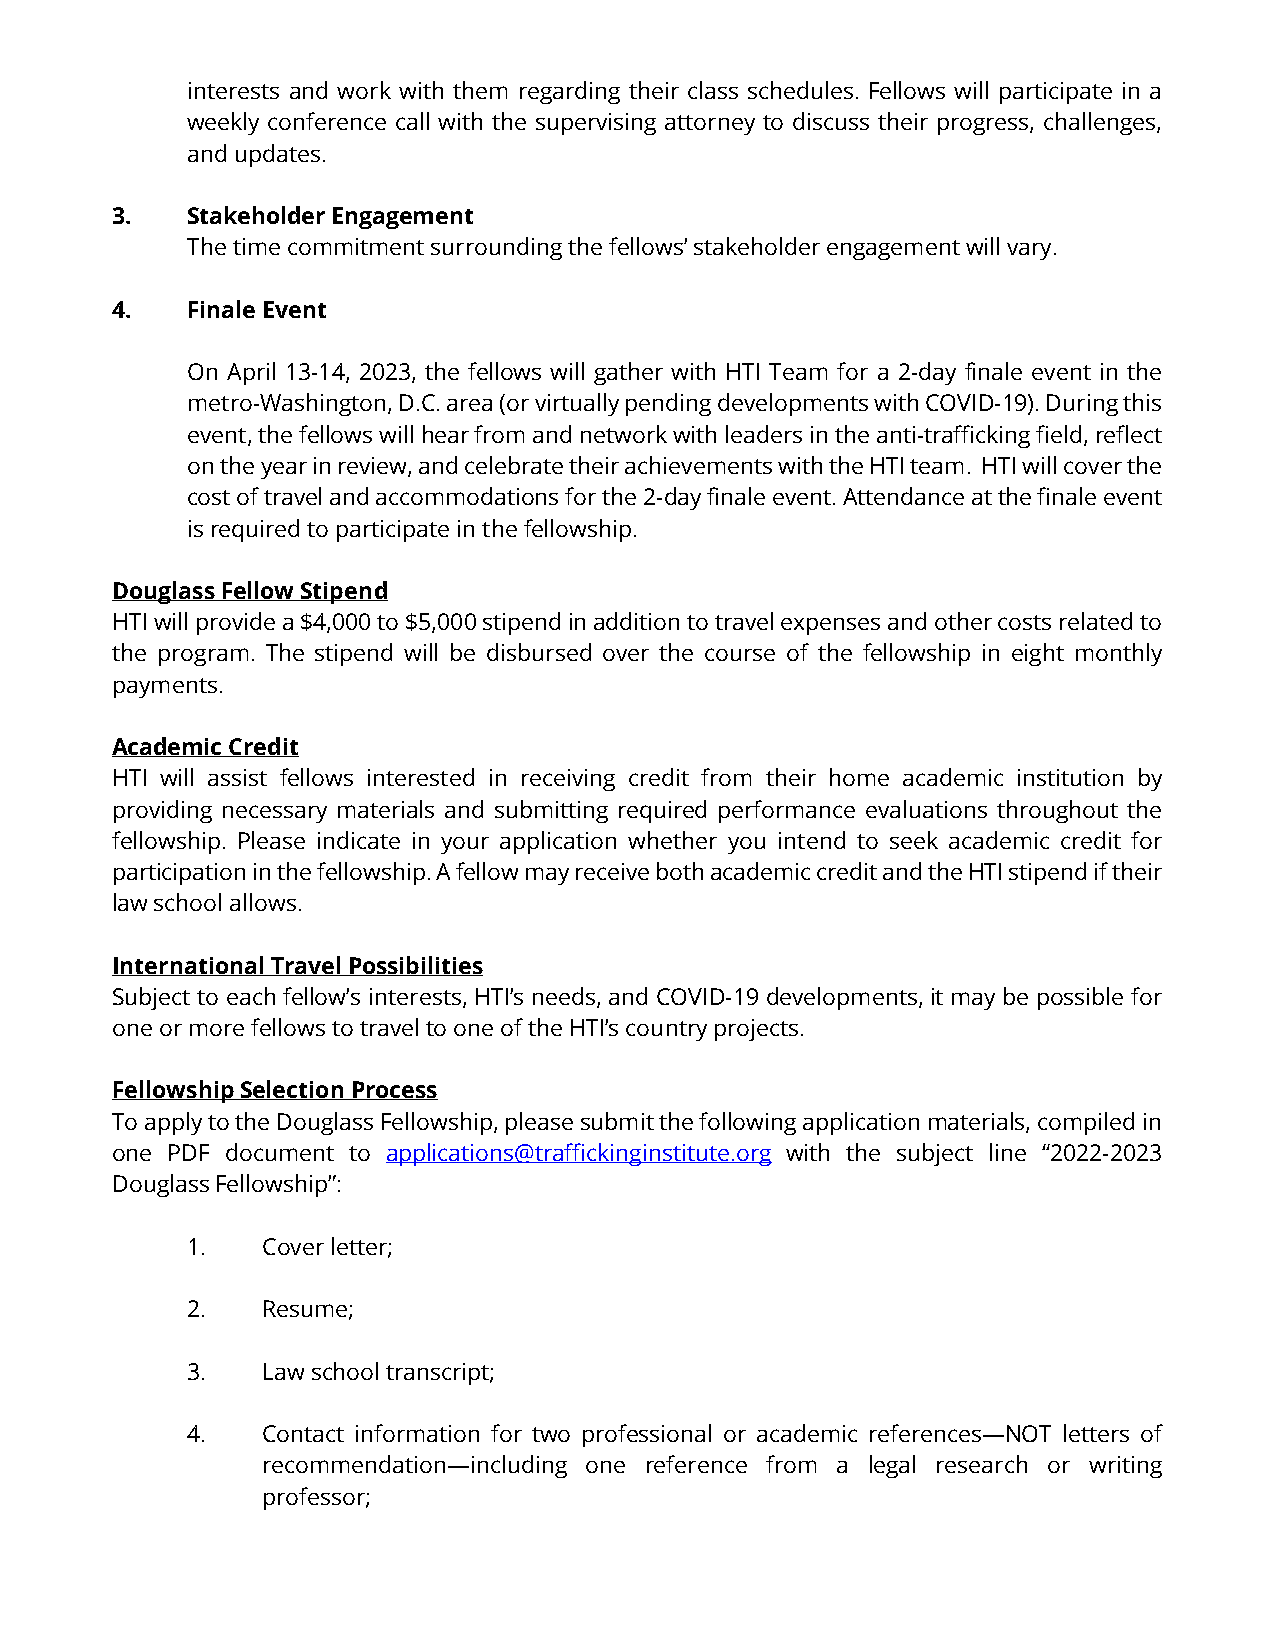
interests and work with them regarding their class schedules. Fellows will participate in a
 weekly conference call with the supervising attorney to discuss their progress, challenges,
 and updates.
 3.   Stakeholder Engagement
 The time commitment surrounding the fellows’ stakeholder engagement will vary.
 4.   Finale Event
 On April 13-14, 2023, the fellows will gather with HTI Team for a 2-day finale event in the
 metro-Washington, D.C. area (or virtually pending developments with COVID-19). During this
 event, the fellows will hear from and network with leaders in the anti-trafficking field, reflect
 on the year in review, and celebrate their achievements with the HTI team. HTI will cover the
 cost of travel and accommodations for the 2-day finale event. Attendance at the finale event
 is required to participate in the fellowship.
 Douglass Fellow Stipend
 HTI will provide a $4,000 to $5,000 stipend in addition to travel expenses and other costs related to
 the program. The stipend will be disbursed over the course of the fellowship in eight monthly
 payments.
 Academic Credit
 HTI will assist fellows interested in receiving credit from their home academic institution by
 providing necessary materials and submitting required performance evaluations throughout the
 fellowship. Please indicate in your application whether you intend to seek academic credit for
 participation in the fellowship. A fellow may receive both academic credit and the HTI stipend if their
 law school allows.
 International Travel Possibilities
 Subject to each fellow’s interests, HTI’s needs, and COVID-19 developments, it may be possible for
 one or more fellows to travel to one of the HTI’s country projects.
 Fellowship Selection Process
 To apply to the Douglass Fellowship, please submit the following application materials, compiled in
 one PDF document to applications@traffickinginstitute.org with the subject line “2022-2023
 Douglass Fellowship”:
 1.   Cover letter;
 2.   Resume;
 3.   Law school transcript;
 4.   Contact information for two professional or academic references—NOT letters of
 recommendation—including one reference from a legal research or writing
 professor;